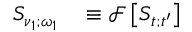
\begin{array} { r l } { S _ { \nu _ { 1 } ; \omega _ { 1 } } } & { { } \equiv \mathscr { F } \left[ S _ { t ; t ^ { \prime } } \right] } \end{array}